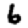
Digit: 6